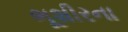
ભૂશીરના